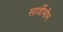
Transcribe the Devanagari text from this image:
सार्वीभौम